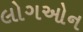
લોગઓન